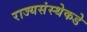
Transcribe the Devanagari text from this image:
राज्यसंस्थेकडे